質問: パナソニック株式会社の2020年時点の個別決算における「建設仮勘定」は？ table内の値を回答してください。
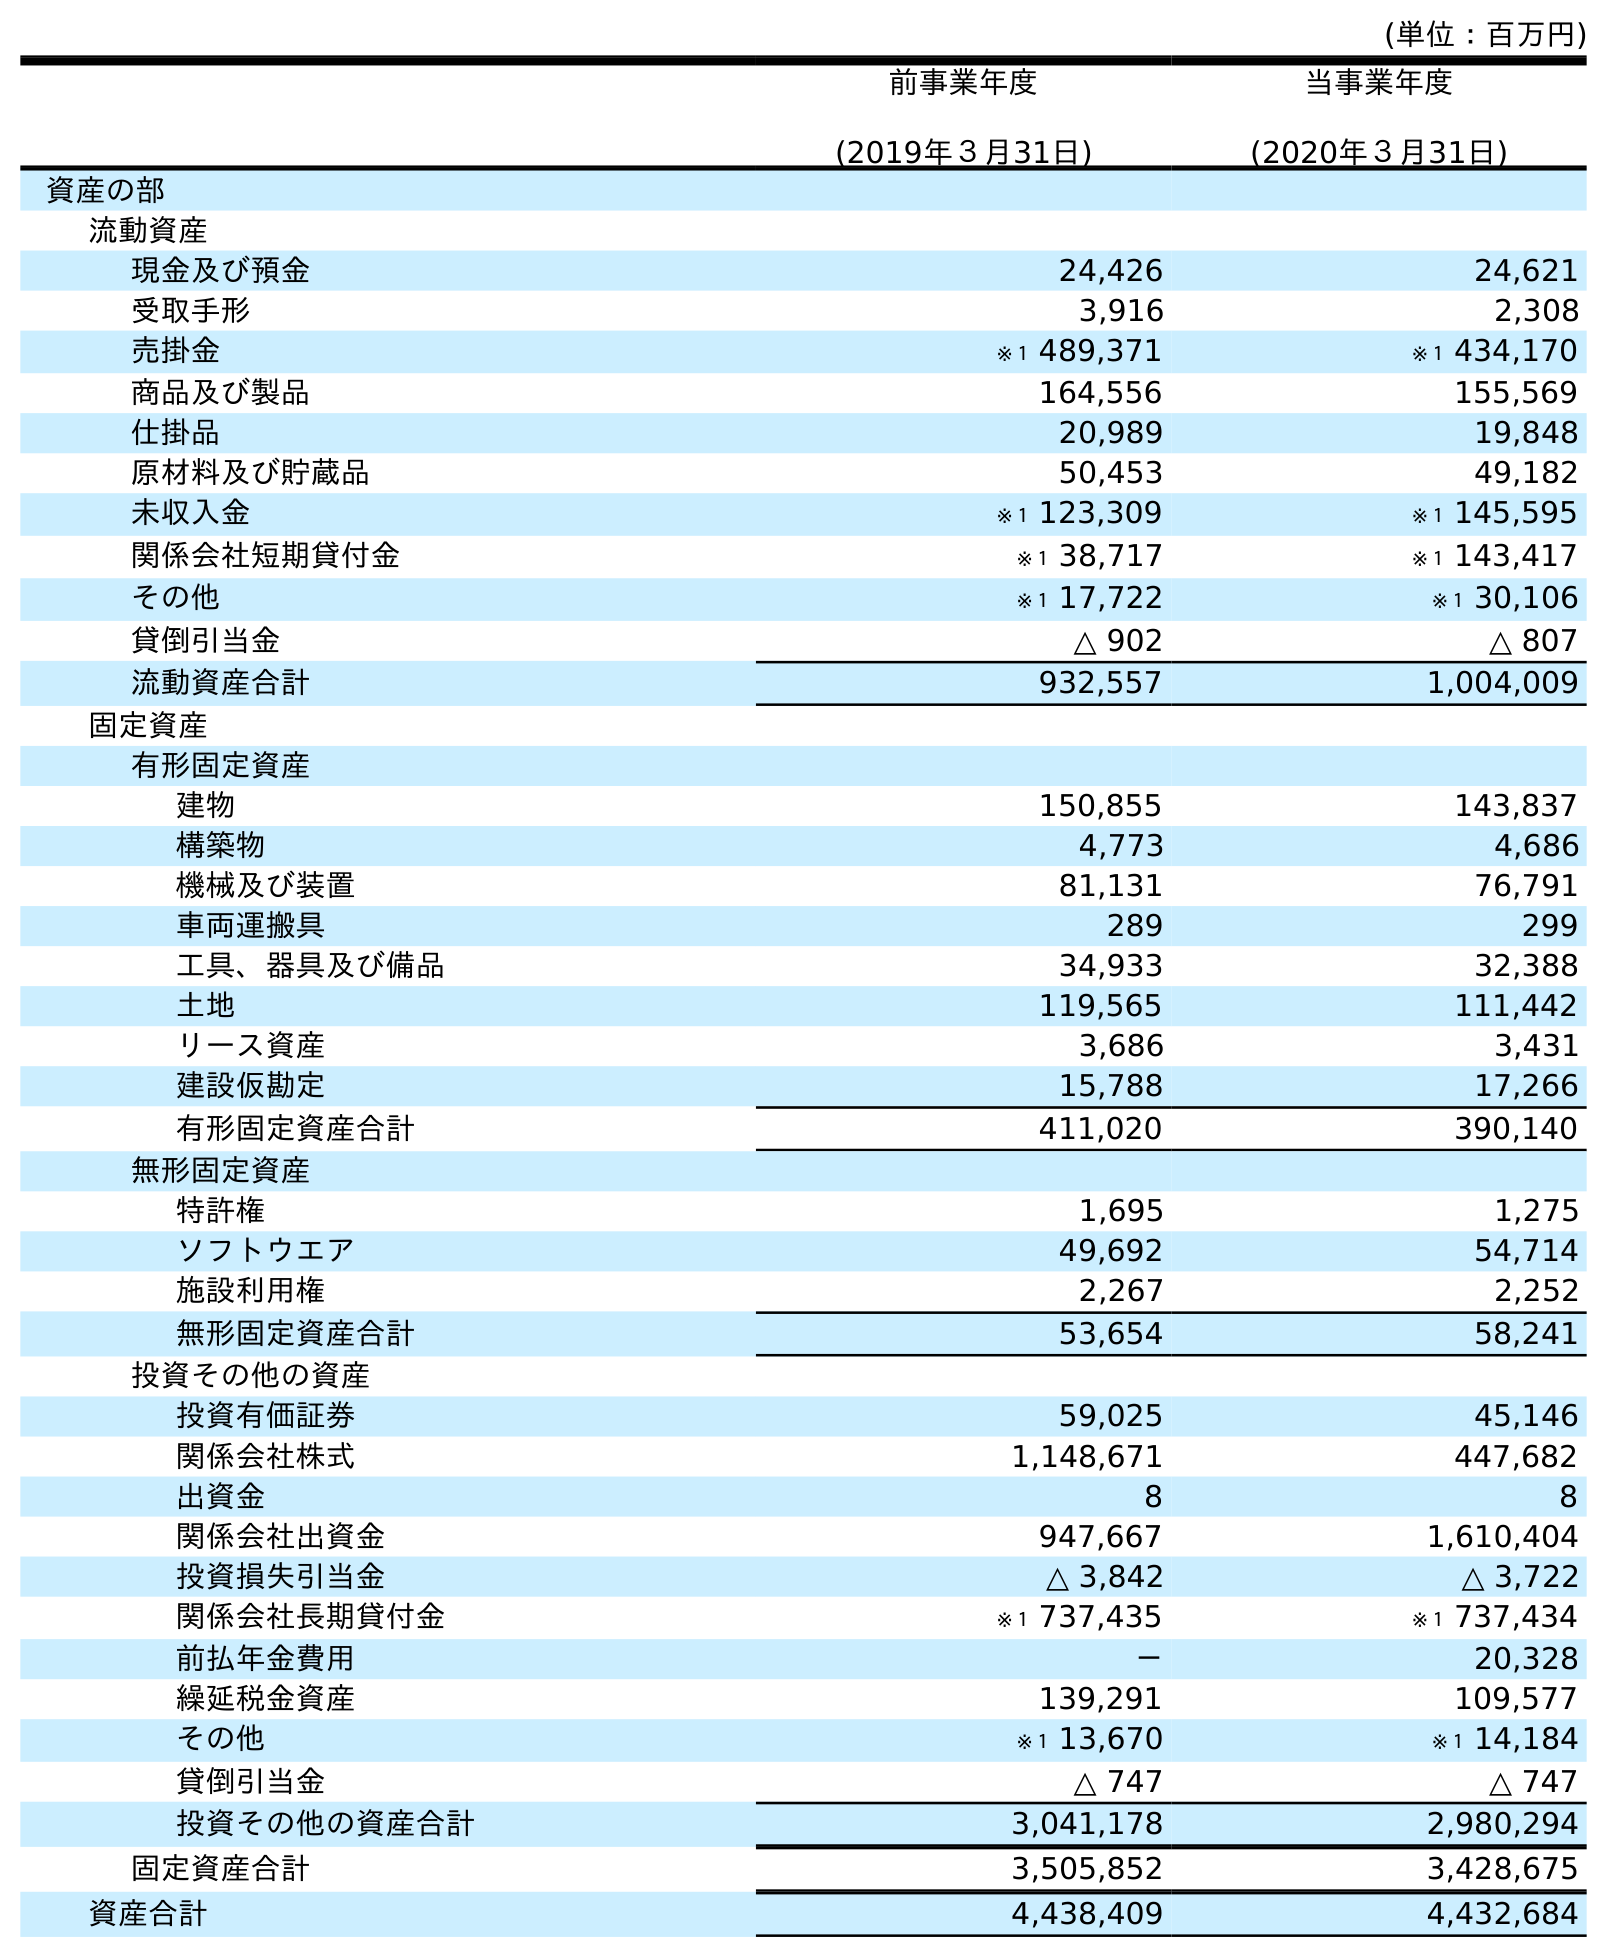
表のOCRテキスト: (単位：百万円) 前事業年度 (2019年３月31日) 当事業年度 (2020年３月31日) 資産の部 流動資産 現金及び預金 24,426 24,621 受取手形 3,916 2,308 売掛金 ※１ 489,371 ※１ 434,170 商品及び製品 164,556 155,569 仕掛品 20,989 19,848 原材料及び貯蔵品 50,453 49,182 未収入金 ※１ 123,309 ※１ 145,595 関係会社短期貸付金 ※１ 38,717 ※１ 143,417 その他 ※１ 17,722 ※１ 30,106 貸倒引当金 △ 902 △ 807 流動資産合計 932,557 1,004,009 固定資産 有形固定資産 建物 150,855 143,837 構築物 4,773 4,686 機械及び装置 81,131 76,791 車両運搬具 289 299 工具、器具及び備品 34,933 32,388 土地 119,565 111,442 リース資産 3,686 3,431 建設仮勘定 15,788 17,266 有形固定資産合計 411,020 390,140 無形固定資産 特許権 1,695 1,275 ソフトウエア 49,692 54,714 施設利用権 2,267 2,252 無形固定資産合計 53,654 58,241 投資その他の資産 投資有価証券 59,025 45,146 関係会社株式 1,148,671 447,682 出資金 8 8 関係会社出資金 947,667 1,610,404 投資損失引当金 △ 3,842 △ 3,722 関係会社長期貸付金 ※１ 737,435 ※１ 737,434 前払年金費用 － 20,328 繰延税金資産 139,291 109,577 その他 ※１ 13,670 ※１ 14,184 貸倒引当金 △ 747 △ 747 投資その他の資産合計 3,041,178 2,980,294 固定資産合計 3,505,852 3,428,675 資産合計 4,438,409 4,432,684
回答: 17,266